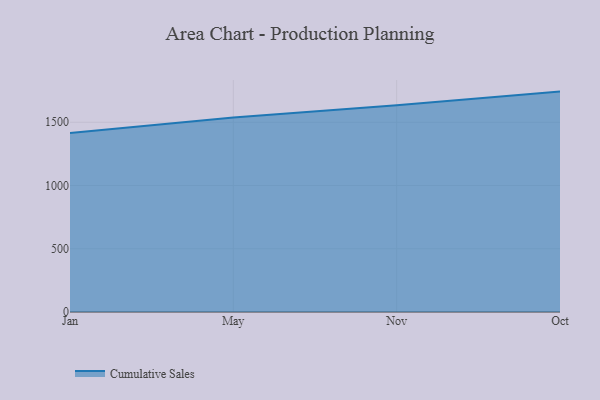
{"axis": {"x": "Month", "y": "Satisfaction Score"}, "legend": ["Cumulative Sales"], "data": [{"x": "Jan", "y": 1414.6, "type": "Cumulative Sales"}, {"x": "May", "y": 1537.1, "type": "Cumulative Sales"}, {"x": "Nov", "y": 1635.0, "type": "Cumulative Sales"}, {"x": "Oct", "y": 1742.6, "type": "Cumulative Sales"}]}